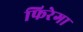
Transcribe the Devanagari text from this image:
फिरेगा